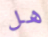
هل